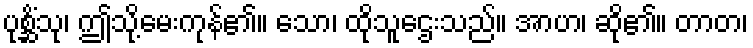
ပုစ္ဆိံသု၊ ဤသို့မေးကုန်၏။ သော၊ ထိုသူဌေးသည်။ အာဟ၊ ဆို၏။ တာတ၊